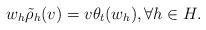
LaTeX: \begin{align*}w_{h}\tilde\rho_{h}(v)=v\theta_{t}(w_{h}), \forall h\in H.\end{align*}